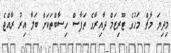
މިދިޔަ މާޗް މަހުގެ ޓޫރިޒަމް ދާއިރާގެ ތަފާސް ހިސާބްތަކަށް ބަލާ އިރު ރާއްޖެ